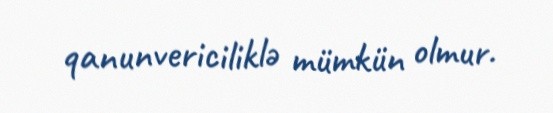
qanunvericiliklə mümkün olmur.